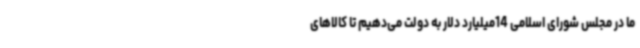
ما در مجلس شورای اسلامی 14میلیارد دلار به دولت می‌دهیم تا کالاهای